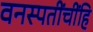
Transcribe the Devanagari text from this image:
वनस्पतींचींहि